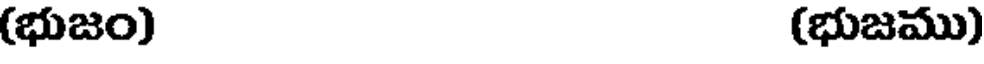
(భుజం) (భుజము)